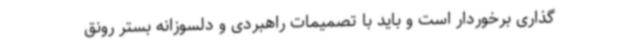
گذاری برخوردار است و باید با تصمیمات راهبردی و دلسوزانه بستر رونق